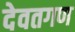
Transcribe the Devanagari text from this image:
देवतगण